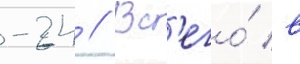
-24 // Вс'его́ в